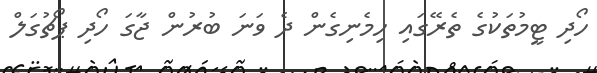
ހޯދި ޓީމުތަކުގެ ތެރޭގައި ހިމެނިގެން ދެ ވަނަ ބުރުން ޖާގަ ހޯދި ޕޯޗުގަލް